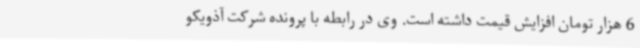
6 هزار تومان افزایش قیمت داشته است. وی در رابطه با پرونده شرکت آذویکو